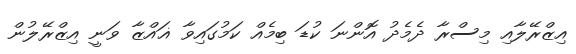
އިޒްރޭލާއި މިސްރާ ދެމެދު އޮންނަ ކުޑަ ބިމެއް ކަމުގައިވާ ޣައްޒާ ވަނީ އިޒްރޭލުން